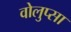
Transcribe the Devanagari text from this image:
वोलुप्सा